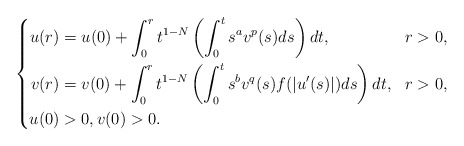
\begin{align*}\left\{ \begin{aligned} u(r)&=u(0)+\int_{0}^{r}t^{1-N}\left(\int_{0}^{t}s^{a}v^{p}(s)ds\right)dt, &&r>0,\\ v(r)&=v(0)+\int_{0}^{r}t^{1-N}\left(\int_{0}^{t}s^{b}v^{q}(s)f(|u'(s)|)ds\right)dt, &&r>0,\\ u(0)&>0, v(0)>0. \end{aligned}\right.\end{align*}